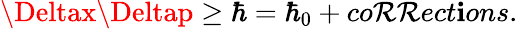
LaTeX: \Deltax\Deltap\ge\hbar=\hbar_{0}+co\mathcal{R}\mathcal{R}ect\mathbf{i}ons.